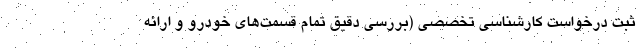
ثبت درخواست کارشناسی تخصصی (بررسی دقیق تمام قسمت‌های خودرو و ارائه